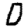
Digit: 0